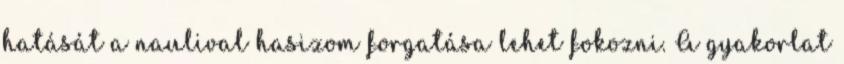
hatását a naulival hasizom forgatása lehet fokozni. A gyakorlat